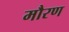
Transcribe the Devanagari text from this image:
मौरण